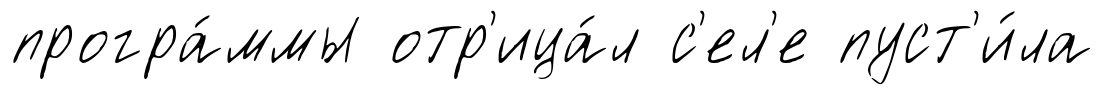
програ́ммы отр'ица́л с'ел'е пуст'и́ла